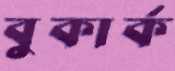
বুকার্ক